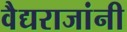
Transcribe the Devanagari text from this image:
वैद्यराजांनी